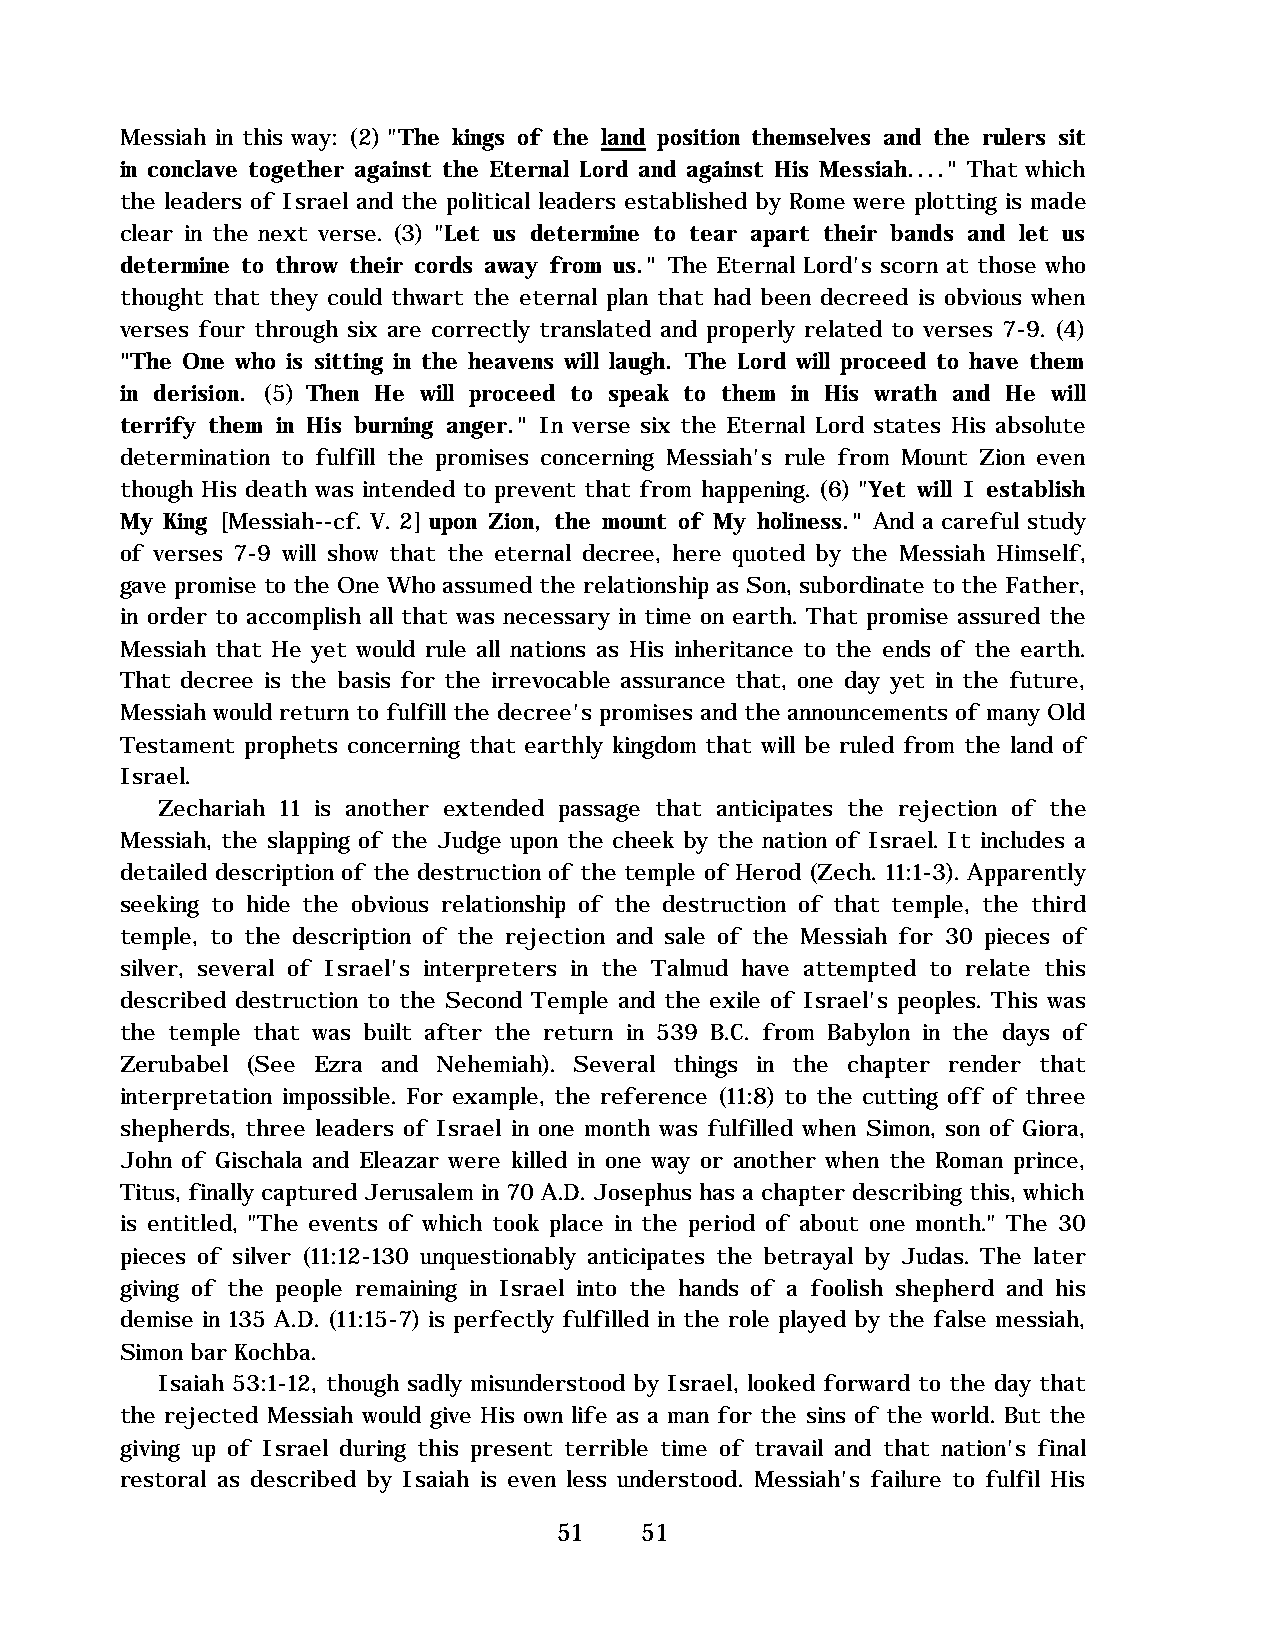
Messiah in this way: (2) "The kings of the land position themselves and the rulers sit
 in conclave together against the Eternal Lord and against His Messiah...." That which
 the leaders of Israel and the political leaders established by Rome were plotting is made
 clear in the next verse. (3) "Let us determine to tear apart their bands and let us
 determine to throw their cords away from us." The Eternal Lord's scorn at those who
 thought that they could thwart the eternal plan that had been decreed is obvious when
 verses four through six are correctly translated and properly related to verses 7-9. (4)
 "The One who is sitting in the heavens will laugh. The Lord will proceed to have them
 in derision. (5) Then He will proceed to speak to them in His wrath and He will
 terrify them in His burning anger." In verse six the Eternal Lord states His absolute
 determination to fulfill the promises concerning Messiah's rule from Mount Zion even
 though His death was intended to prevent that from happening. (6) "Yet will I establish
 My King [Messiah--cf. V. 2] upon Zion, the mount of My holiness." And a careful study
 of verses 7-9 will show that the eternal decree, here quoted by the Messiah Himself,
 gave promise to the One Who assumed the relationship as Son, subordinate to the Father,
 in order to accomplish all that was necessary in time on earth. That promise assured the
 Messiah that He yet would rule all nations as His inheritance to the ends of the earth.
 That decree is the basis for the irrevocable assurance that, one day yet in the future,
 Messiah would return to fulfill the decree's promises and the announcements of many Old
 Testament prophets concerning that earthly kingdom that will be ruled from the land of
 Israel.
 Zechariah 11 is another extended passage that anticipates the rejection of the
 Messiah, the slapping of the Judge upon the cheek by the nation of Israel. It includes a
 detailed description of the destruction of the temple of Herod (Zech. 11:1-3). Apparently
 seeking to hide the obvious relationship of the destruction of that temple, the third
 temple, to the description of the rejection and sale of the Messiah for 30 pieces of
 silver, several of Israel's interpreters in the Talmud have attempted to relate this
 described destruction to the Second Temple and the exile of Israel's peoples. This was
 the temple that was built after the return in 539 B.C. from Babylon in the days of
 Zerubabel (See Ezra and Nehemiah). Several things in the chapter render that
 interpretation impossible. For example, the reference (11:8) to the cutting off of three
 shepherds, three leaders of Israel in one month was fulfilled when Simon, son of Giora,
 John of Gischala and Eleazar were killed in one way or another when the Roman prince,
 Titus, finally captured Jerusalem in 70 A.D. Josephus has a chapter describing this, which
 is entitled, "The events of which took place in the period of about one month." The 30
 pieces of silver (11:12-130 unquestionably anticipates the betrayal by Judas. The later
 giving of the people remaining in Israel into the hands of a foolish shepherd and his
 demise in 135 A.D. (11:15-7) is perfectly fulfilled in the role played by the false messiah,
 Simon bar Kochba.
 Isaiah 53:1-12, though sadly misunderstood by Israel, looked forward to the day that
 the rejected Messiah would give His own life as a man for the sins of the world. But the
 giving up of Israel during this present terrible time of travail and that nation's final
 restoral as described by Isaiah is even less understood. Messiah's failure to fulfil His
 51   51